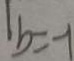
\vert b = - 1